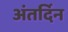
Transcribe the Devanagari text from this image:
अंतर्दिन